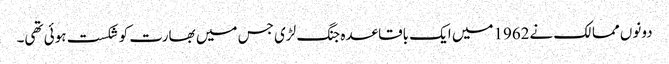
دونوں ممالک نے1962میں ایک باقاعدہ جنگ لڑی جس میں بھارت کو شکست ہوئی تھی۔